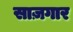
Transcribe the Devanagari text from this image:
साज़गार